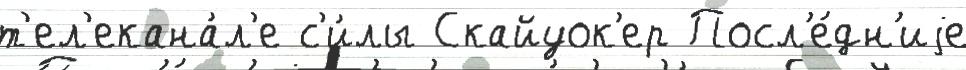
т'ел'екана́л'е с'и́лы Скайуок'ер Посл'е́дн'иjе